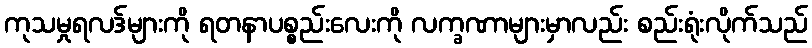
ကုသမှုရလဒ်များကို ရတနာပစ္စည်းလေးကို လက္ခဏာများမှာလည်း စည်းရုံးလိုက်သည်